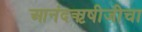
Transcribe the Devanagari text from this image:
आनंदऋषीजीचा